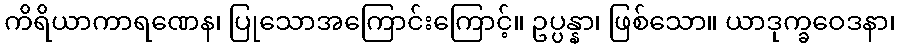
ကိရိယာကာရဏေန၊ ပြုသောအကြောင်းကြောင့်။ ဥပ္ပန္နာ၊ ဖြစ်သော။ ယာဒုက္ခဝေဒနာ၊